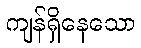
ကျန်ရှိနေသော